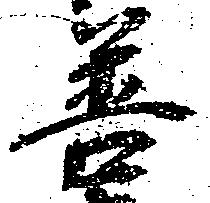
善